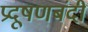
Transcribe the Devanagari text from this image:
प्रदूषणबंदी